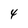
Character: 4